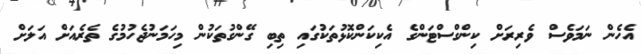
އެހެން ނަމަވެސް ވެރިރަށް ކިންގްސްޓަންގެ އެކިކަންކޮޅުތަކުގައި ތިބި ގޭންގުތަކުން މިހަމަނުޖެހުމުގެ ތެރެއަށް އަލަށް